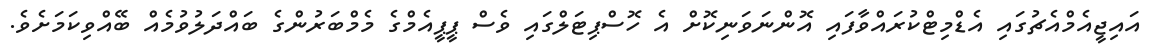
އައިޖީއެމްއެޗުގައި އެޑްމިޓްކުރައްވާފައި އޮންނަވަނިކޮށް އެ ހޮސްޕިޓަލްގައި ވެސް ޕީޕީއެމްގެ މެމްބަރުންގެ ބައްދަލުވުމެއް ބޭއްވިކަމަށެވެ.